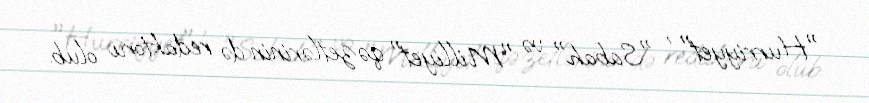
"Hurriyyet" , "Sabah" və "Milliyet" qəzetlərinin də redaktoru olub.